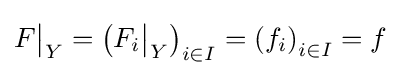
F{\big \vert }_{Y}=\left(F_{i}{\big \vert }_{Y}\right)_{i\in I}=\left(f_{i}\right)_{i\in I}=f